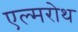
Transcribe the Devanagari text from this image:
एल्मरोथ